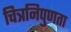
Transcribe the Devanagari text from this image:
चित्रनिपुणता